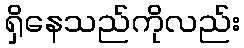
ရှိနေသည်ကိုလည်း